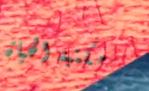
مكتبة الحياة